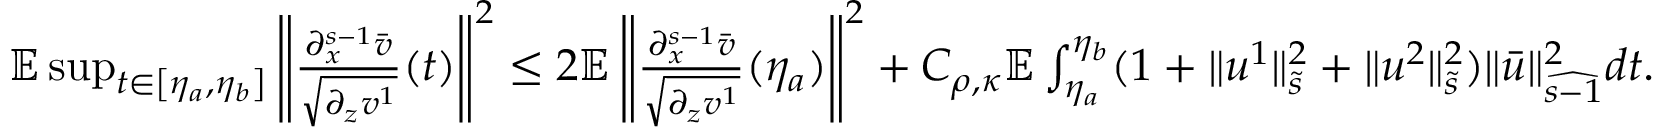
\begin{array} { r } { \mathbb { E } \operatorname* { s u p } _ { t \in \left[ \eta _ { a } , \eta _ { b } \right] } \left\| \frac { \partial _ { x } ^ { s - 1 } \bar { v } } { \sqrt { \partial _ { z } v ^ { 1 } } } ( t ) \right\| ^ { 2 } \leq 2 \mathbb { E } \left\| \frac { \partial _ { x } ^ { s - 1 } \bar { v } } { \sqrt { \partial _ { z } v ^ { 1 } } } ( \eta _ { a } ) \right\| ^ { 2 } + C _ { \rho , \kappa } \mathbb { E } \int _ { \eta _ { a } } ^ { \eta _ { b } } ( 1 + \| u ^ { 1 } \| _ { \tilde { s } } ^ { 2 } + \| u ^ { 2 } \| _ { \tilde { s } } ^ { 2 } ) \| \bar { u } \| _ { \widehat { s - 1 } } ^ { 2 } d t . } \end{array}